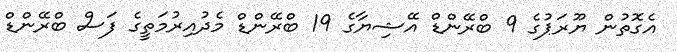
އެގޮތުން ޔޫރަޕުގެ 9 ބްރޭންޑް އޭޝިޔާގެ 19 ބްރޭންޑް މެދުއިރުމަތީގެ ފަސް ބްރޭންޑް